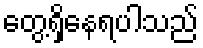
တွေ့ရှိနေရပါသည်